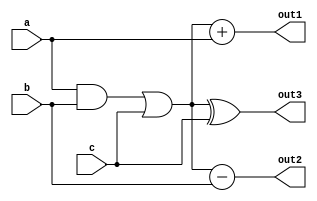
module combinational_logic(
    input wire [3:0] a,  // 4-bit input
    input wire [3:0] b,  // 4-bit input
    input wire [3:0] c,  // 4-bit input
    output wire [3:0] out1, // Output 1
    output wire [3:0] out2, // Output 2
    output wire [3:0] out3  // Output 3
);

// Shared logic paths
wire [3:0] shared_logic; 

// Example shared logic: AND and OR operations on inputs a and b
assign shared_logic = (a & b) | c; // Shared logic paths

// Output calculations utilizing shared logic
assign out1 = shared_logic + a;  // Example output using shared logic
assign out2 = shared_logic - b;  // Example output using shared logic
assign out3 = shared_logic ^ c;  // Example output using shared logic

endmodule